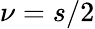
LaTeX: \nu=s/2